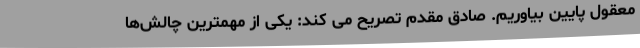
معقول پایین بیاوریم. صادق مقدم تصریح می کند: یکی از مهمترین چالش‌ها